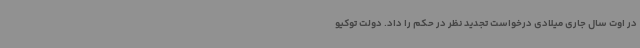
در اوت سال جاری میلادی درخواست تجدید نظر در حکم را داد. دولت توکیو